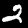
Label: 2